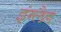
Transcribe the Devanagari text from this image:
इंग्‍लैड